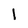
Character: 1